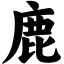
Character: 鹿